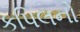
કપિલનો